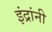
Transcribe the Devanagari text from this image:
इंद्रांनी